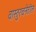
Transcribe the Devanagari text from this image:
वास्तुरचनेतील